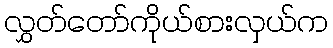
လွှတ်တော်ကိုယ်စားလှယ်က